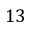
1 3